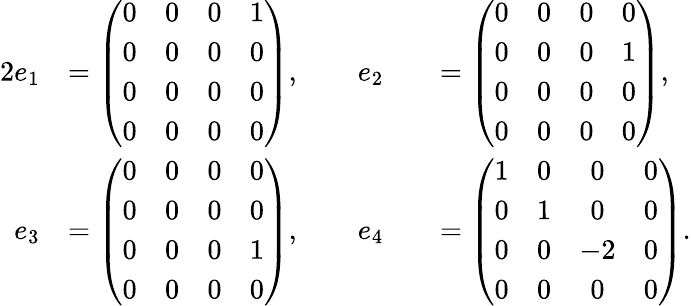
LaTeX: \begin{array}{rlrl}{{2}e_{1}}&{=\left(\begin{array}{cccc}{0}&{0}&{0}&{1}\\ {0}&{0}&{0}&{0}\\ {0}&{0}&{0}&{0}\\ {0}&{0}&{0}&{0}\end{array}\right),\qquad e_{2}}&&{=\left(\begin{array}{cccc}{0}&{0}&{0}&{0}\\ {0}&{0}&{0}&{1}\\ {0}&{0}&{0}&{0}\\ {0}&{0}&{0}&{0}\end{array}\right),}\\ {e_{3}}&{=\left(\begin{array}{cccc}{0}&{0}&{0}&{0}\\ {0}&{0}&{0}&{0}\\ {0}&{0}&{0}&{1}\\ {0}&{0}&{0}&{0}\end{array}\right),\qquad e_{4}}&&{=\left(\begin{array}{cccc}{1}&{0}&{0}&{0}\\ {0}&{1}&{0}&{0}\\ {0}&{0}&{-2}&{0}\\ {0}&{0}&{0}&{0}\end{array}\right).}\end{array}